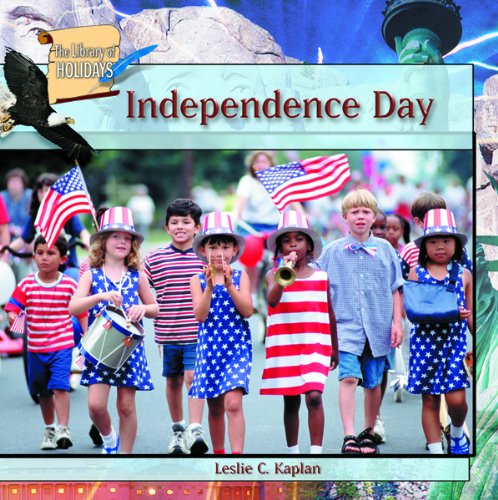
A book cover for Independence Day (The Library of Holidays); Leslie C. Kaplan; Children's Books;